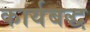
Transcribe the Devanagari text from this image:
कार्यबद्ध